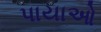
પાયાઓ